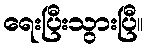
ရေးပြီးသွားပြီ။